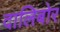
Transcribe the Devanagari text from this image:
दालिबोर